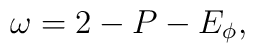
\omega = 2 - P - E_\phi,